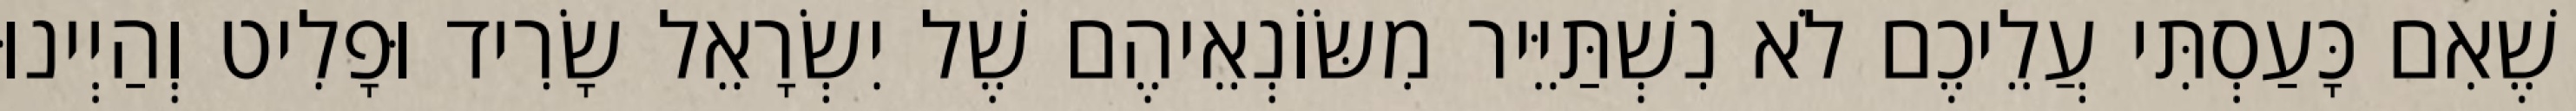
שֶׁאִם כָּעַסְתִּי עֲלֵיכֶם לֹא נִשְׁתַּיֵּיר מִשּׂוֹנְאֵיהֶם שֶׁל יִשְׂרָאֵל שָׂרִיד וּפָלִיט וְהַיְינוּ